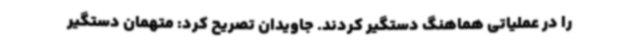
را در عملیاتی هماهنگ دستگیر کردند. جاویدان تصریح کرد: متهمان دستگیر